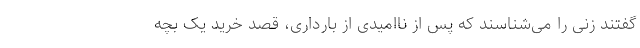
گفتند زنی را می‌شناسند که پس از ناامیدی از بارداری، قصد خرید یک بچه